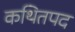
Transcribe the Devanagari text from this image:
कथितपद